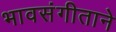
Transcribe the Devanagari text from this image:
भावसंगीताने